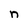
Character: n